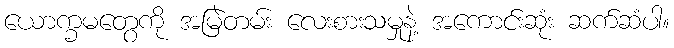
ယောက္ခမတွေကို အမြဲတမ်း လေးစားသမှုနဲ့ အကောင်းဆုံး ဆက်ဆံပါ။